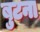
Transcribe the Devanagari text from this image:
बुटना